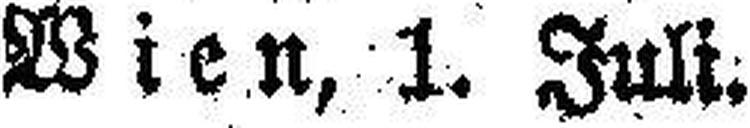
Wien, 1. Juli.